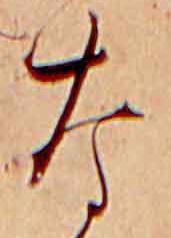
な